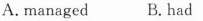
A. managed B. had